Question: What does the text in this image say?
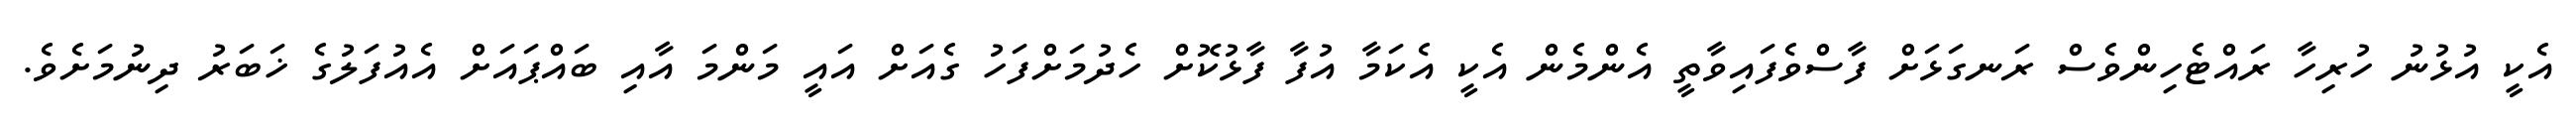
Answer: އެކީ އުޅުނު ހުރިހާ ރައްޓެހިންވެސް ރަނގަޅަށް ފާސްވެފައިވާތީ އެންމެން އެކީ އެކަމާ އުފާ ފާޅުކޮށް ހެދުމަށްފަހު ގެއަށް އައީ މަންމަ އާއި ބައްޕައަށް އެއުފަލުގެ ޚަބަރު ދިނުމަށެވެ.